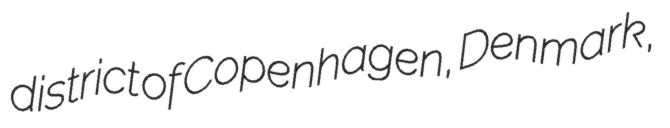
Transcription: district of Copenhagen, Denmark,